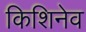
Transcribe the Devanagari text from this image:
किशिनेव